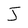
Character: J